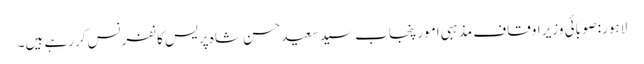
لاہور:صوبائی وزیر اوقاف مذہبی امور پنجاب سیدسعیدحسن شاہ پریس کانفرنس کررہے ہیں۔